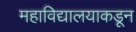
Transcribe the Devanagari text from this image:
महाविद्यालयाकडून